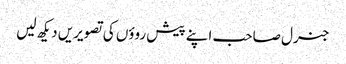
جنرل صاحب اپنے پیش روؤں کی تصویریں دیکھ لیں